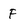
Character: F